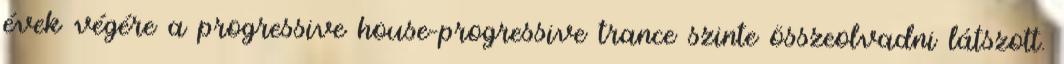
évek végére a progressive house-progressive trance szinte összeolvadni látszott.